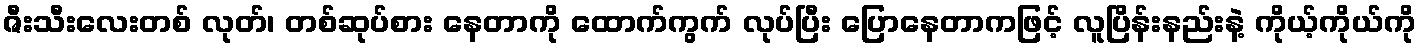
ဇီးသီးလေးတစ် လုတ်၊ တစ်ဆုပ်စား နေတာကို ထောက်ကွက် လုပ်ပြီး ပြောနေတာကဖြင့် လူပြိန်းနည်းနဲ့ ကိုယ့်ကိုယ်ကို